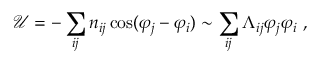
\mathcal { U } = - \sum _ { i j } n _ { i j } \cos ( \varphi _ { j } - \varphi _ { i } ) \sim \sum _ { i j } \Lambda _ { i j } \varphi _ { j } \varphi _ { i } \ ,